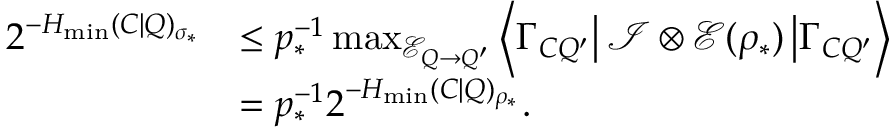
\begin{array} { r l } { 2 ^ { - H _ { \mathrm { m i n } } ( C | Q ) _ { \sigma _ { \ast } } } } & { \leq p _ { \ast } ^ { - 1 } \operatorname* { m a x } _ { \mathcal { E } _ { Q \rightarrow Q ^ { \prime } } } \left\langle \Gamma _ { C Q ^ { \prime } } \right\vert \mathcal { I } \otimes \mathcal { E } ( \rho _ { \ast } ) \left\vert \Gamma _ { C Q ^ { \prime } } \right\rangle } \\ & { = p _ { \ast } ^ { - 1 } 2 ^ { - H _ { \mathrm { m i n } } ( C | Q ) _ { \rho _ { \ast } } } . } \end{array}